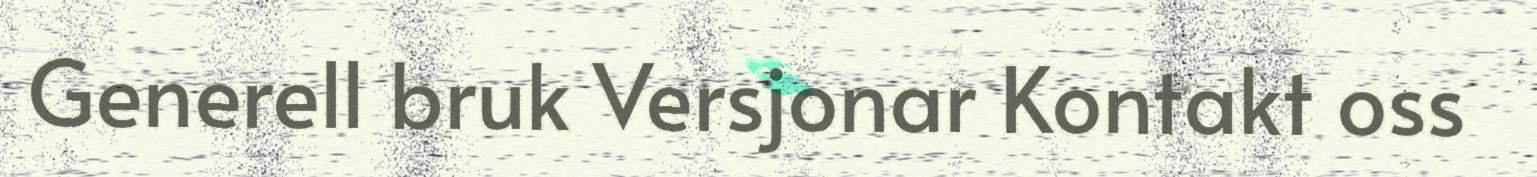
Generell bruk Versjonar Kontakt oss